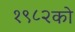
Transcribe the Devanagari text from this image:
१९८२को